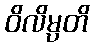
ဝိလိမ္ပတိ